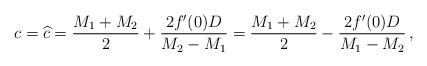
LaTeX: \begin{align*} c = \widehat{c} = \frac{M_1+ M_2}{2} + \frac{2f'(0)D}{M_2- M_1} = \frac{M_1+M_2}{2} - \frac{2f'(0)D}{M_1- M_2}\, ,\end{align*}